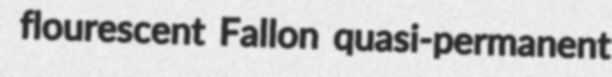
flourescent Fallon quasi-permanent